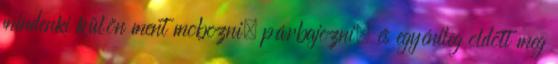
mindenki külön ment mobozni, párbajozni, és egyénileg oldott meg